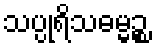
သပ္ပုရိသဓမ္မဉ္စ